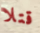
قتلا